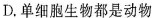
D.单细胞生物都是动物